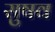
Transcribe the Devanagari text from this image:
सुषव